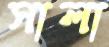
সালা